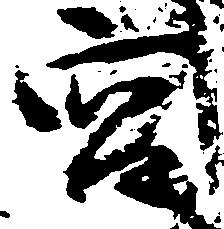
宮